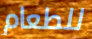
للطعام